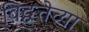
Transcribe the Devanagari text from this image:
विद्वत्तेच्या